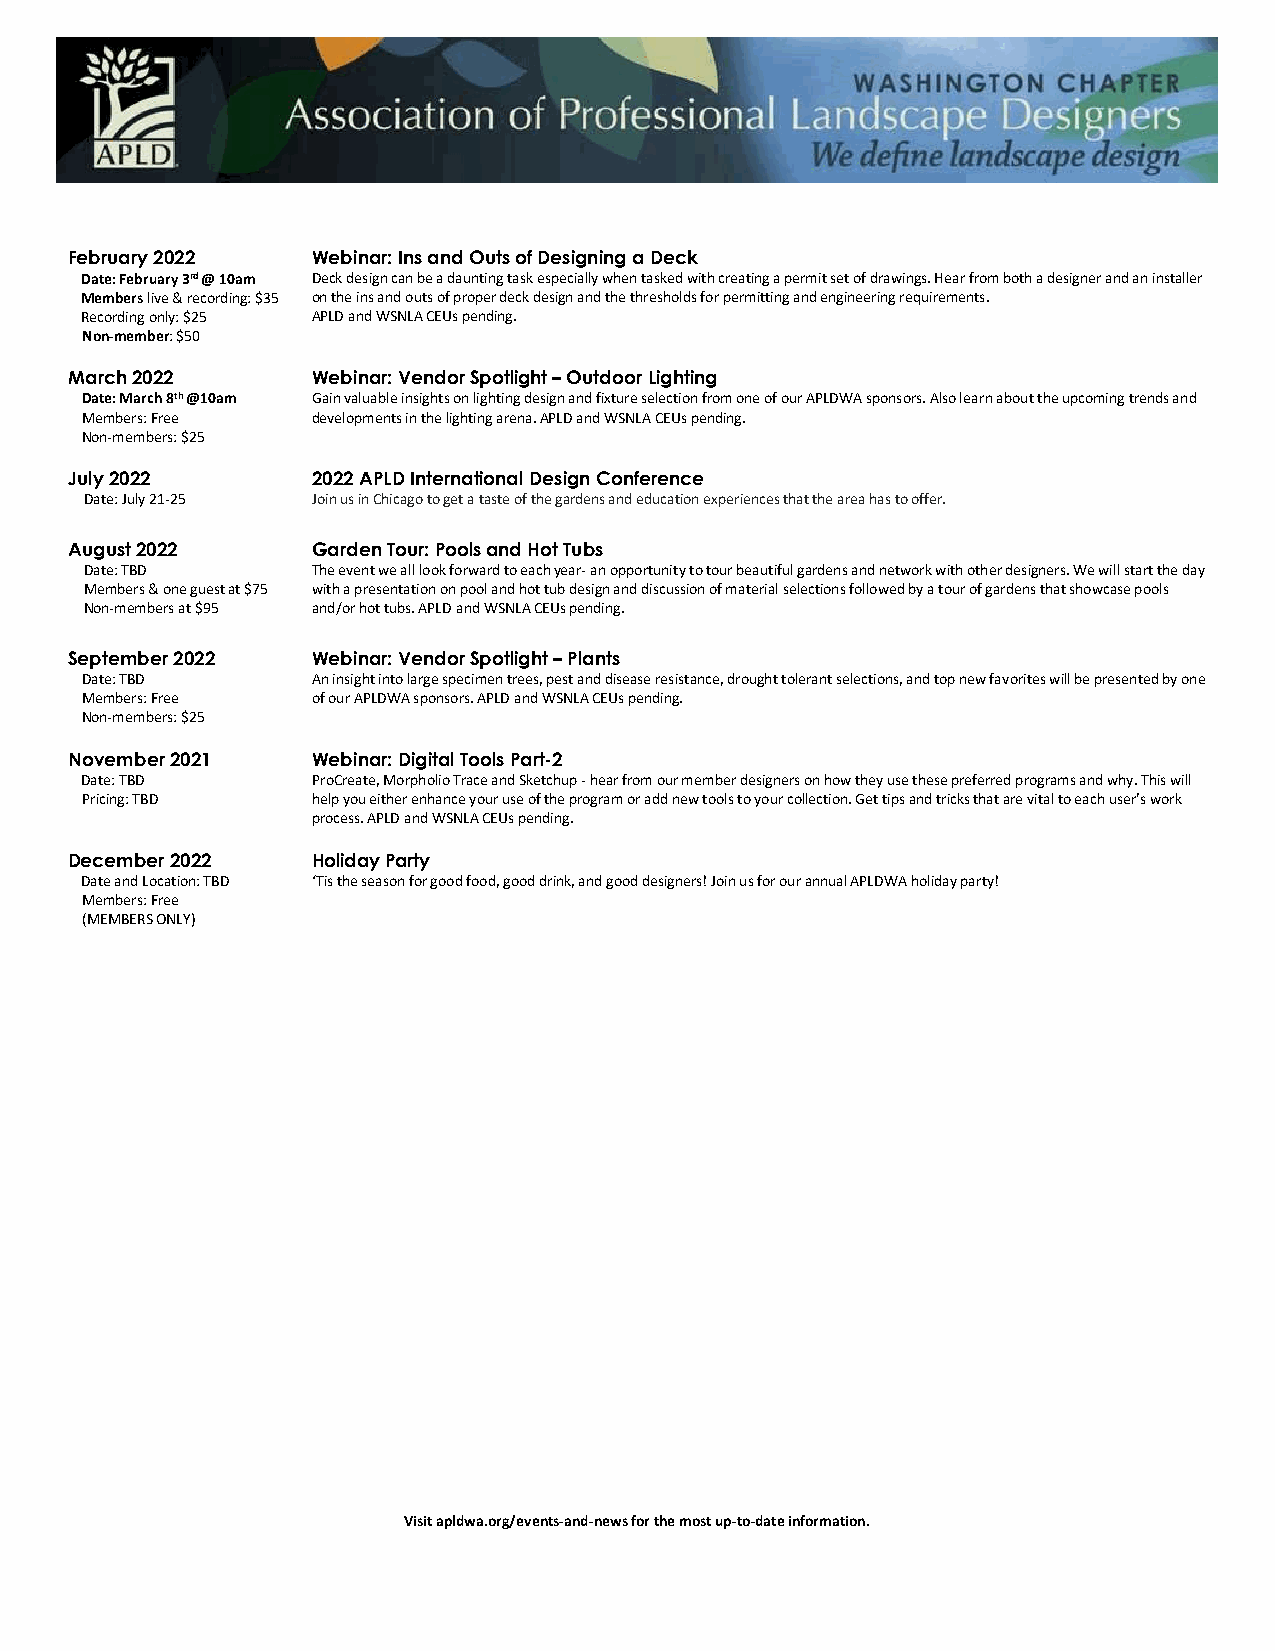
February 2022   Webinar: Ins and Outs of Designing a Deck
 Date: February 3rd @ 10am Deck design can be a daunting task especially when tasked with creating a permit set of drawings. Hear from both a designer and an installer
 Members live & recording: $35 on the ins and outs of proper deck design and the thresholds for permitting and engineering requirements.
 Recording only: $25 APLD and WSNLA CEUs pending.
 Non-member: $50
 March 2022      Webinar: Vendor Spotlight – Outdoor Lighting
 Date: March 8th @10am Gain valuable insights on lighting design and fixture selection from one of our APLDWA sponsors. Also learn about the upcoming trends and
 Members: Free   developments in the lighting arena. APLD and WSNLA CEUs pending.
 Non-members: $25
 July 2022       2022 APLD International Design Conference
 Date: July 21-25 Join us in Chicago to get a taste of the gardens and education experiences that the area has to offer.
 August 2022     Garden Tour: Pools and Hot Tubs
 Date: TBD      The event we all look forward to each year- an opportunity to tour beautiful gardens and network with other designers. We will start the day
 Members & one guest at $75 with a presentation on pool and hot tub design and discussion of material selections followed by a tour of gardens that showcase pools
 Non-members at $95 and/or hot tubs. APLD and WSNLA CEUs pending.
 September 2022  Webinar: Vendor Spotlight – Plants
 Date: TBD       An insight into large specimen trees, pest and disease resistance, drought tolerant selections, and top new favorites will be presented by one
 Members: Free   of our APLDWA sponsors. APLD and WSNLA CEUs pending.
 Non-members: $25
 November 2021   Webinar: Digital Tools Part-2
 Date: TBD       ProCreate, Morpholio Trace and Sketchup - hear from our member designers on how they use these preferred programs and why. This will
 Pricing: TBD    help you either enhance your use of the program or add new tools to your collection. Get tips and tricks that are vital to each user’s work
 process. APLD and WSNLA CEUs pending.
 December 2022   Holiday Party
 Date and Location: TBD ‘Tis the season for good food, good drink, and good designers! Join us for our annual APLDWA holiday party!
 Members: Free
 (MEMBERS ONLY)
 Visit apldwa.org/events-and-news for the most up-to-date information.